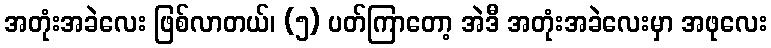
အတုံးအခဲလေး ဖြစ်လာတယ်၊ (၅) ပတ်ကြာတော့ အဲဒီ အတုံးအခဲလေးမှာ အဖုလေး